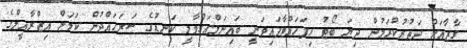
ގާޒާއަށް ދަތުރުކުރަމުން ދިޔަ ބޯޓު ހިފަހައްޓާފައިވަނީ ބައިނަލްއަގުވާމީ ކަނޑުގެ ސަރަހައްދުން ކަމަށް އިޒްރާއީލްގެ